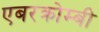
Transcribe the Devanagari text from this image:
एबरक्रोम्बी